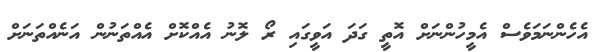
އެހެންނަމަވެސް އެމީހުންނަށް އޮތީ ގަދަ އަވީގައި ރޯ ލޮނު އެއްކޮށް އެއްތަނުން އަނެއްތަނަށް